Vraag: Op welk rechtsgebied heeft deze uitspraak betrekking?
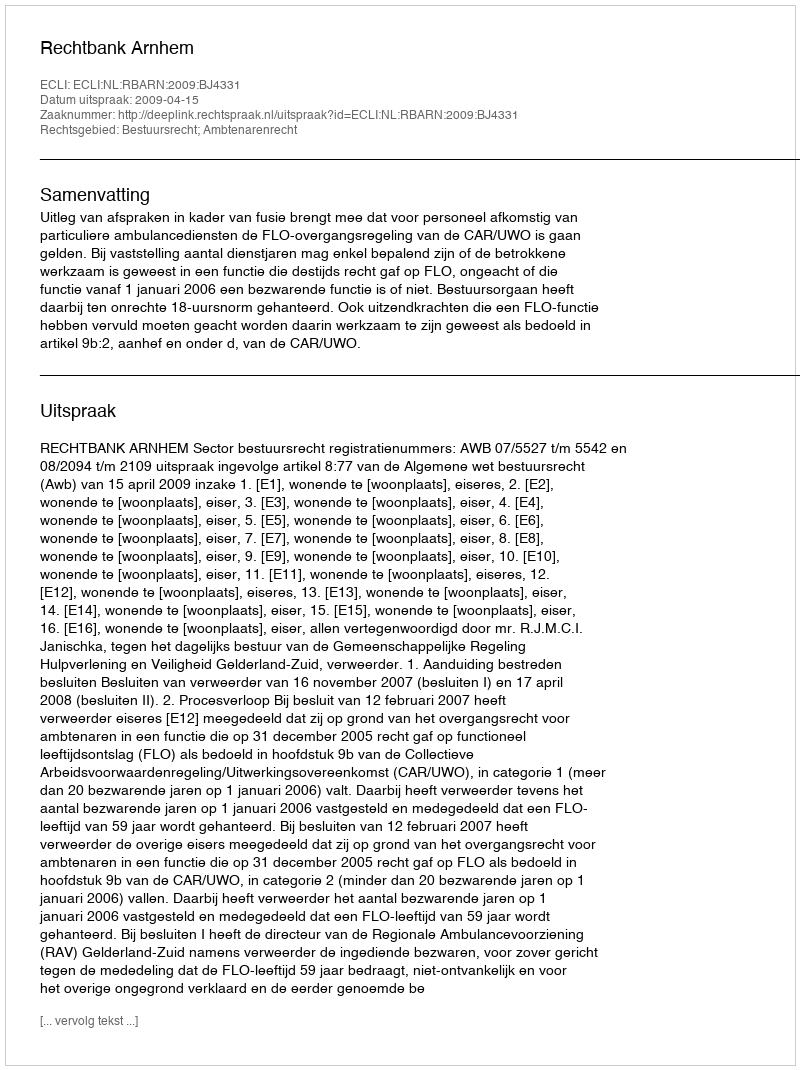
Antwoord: Bestuursrecht; Ambtenarenrecht